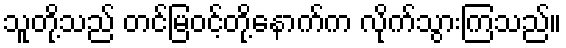
သူတို့သည် တင်မြဝင့်တို့နောက်က လိုက်သွားကြသည်။